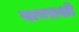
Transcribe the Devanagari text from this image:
वापराशी